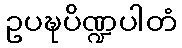
ဥပဍ္ဎပိဏ္ဍပါတံ